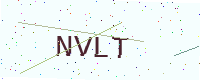
Text: NVLT